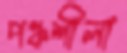
পঞ্চশীলা